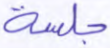
جلسة